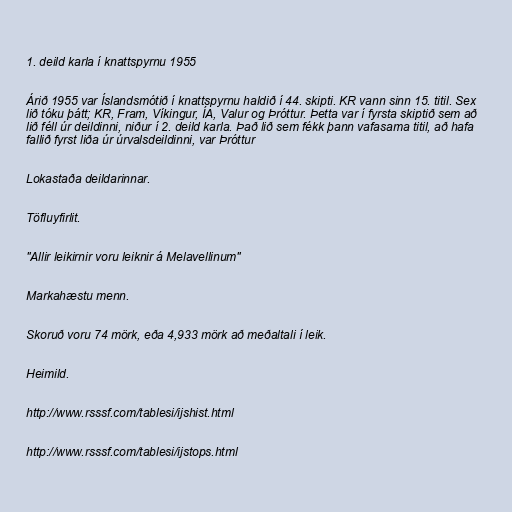
1. deild karla í knattspyrnu 1955

Árið 1955 var Íslandsmótið í knattspyrnu haldið í 44. skipti. KR vann sinn 15. titil. Sex
lið tóku þátt; KR, Fram, Víkingur, ÍA, Valur og Þróttur. Þetta var í fyrsta skiptið sem að
lið féll úr deildinni, niður í 2. deild karla. Það lið sem fékk þann vafasama titil, að hafa
fallið fyrst liða úr úrvalsdeildinni, var Þróttur

Lokastaða deildarinnar.

Töfluyfirlit.

"Allir leikirnir voru leiknir á Melavellinum"

Markahæstu menn.

Skoruð voru 74 mörk, eða 4,933 mörk að meðaltali í leik.

Heimild.

http://www.rsssf.com/tablesi/ijshist.html

http://www.rsssf.com/tablesi/ijstops.html